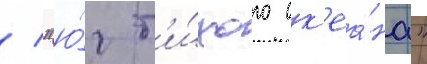
/ "ю́г т'и́хого ок'еа́на"